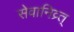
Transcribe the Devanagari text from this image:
सेवानिव्र्त्